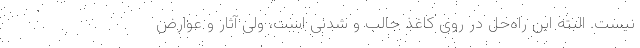
نیست. البته این راه‌حل در روی کاغذ جالب و شدنی است، ولی آثار و عوارض